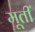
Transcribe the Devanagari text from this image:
मूतीं